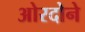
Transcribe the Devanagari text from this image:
ओरदोने